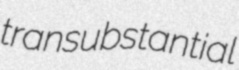
transubstantial